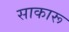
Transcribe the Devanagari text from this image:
साकारू